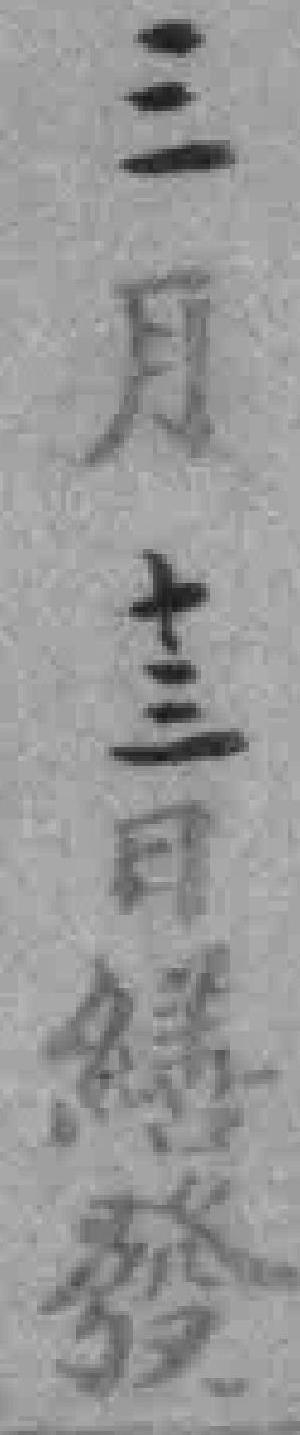
三月十三日繕發